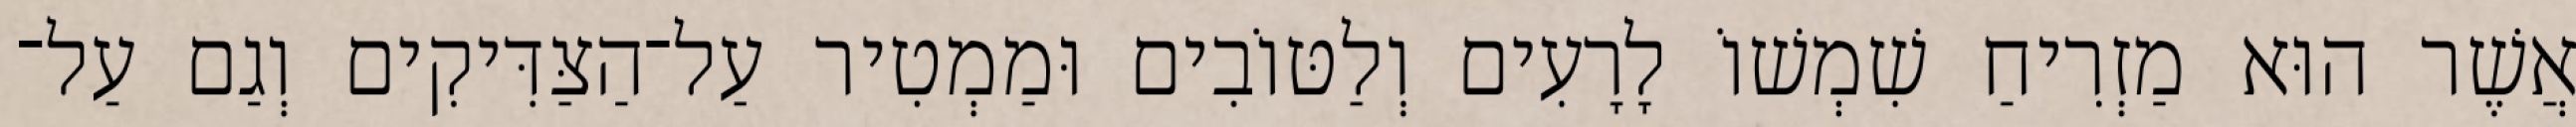
אֲשֶׁר הוּא מַזְרִיחַ שִׁמְשׁוֹ לָרָעִים וְלַטּוֹבִים וּמַמְטִיר עַל־הַצַּדִּיקִים וְגַם עַל־